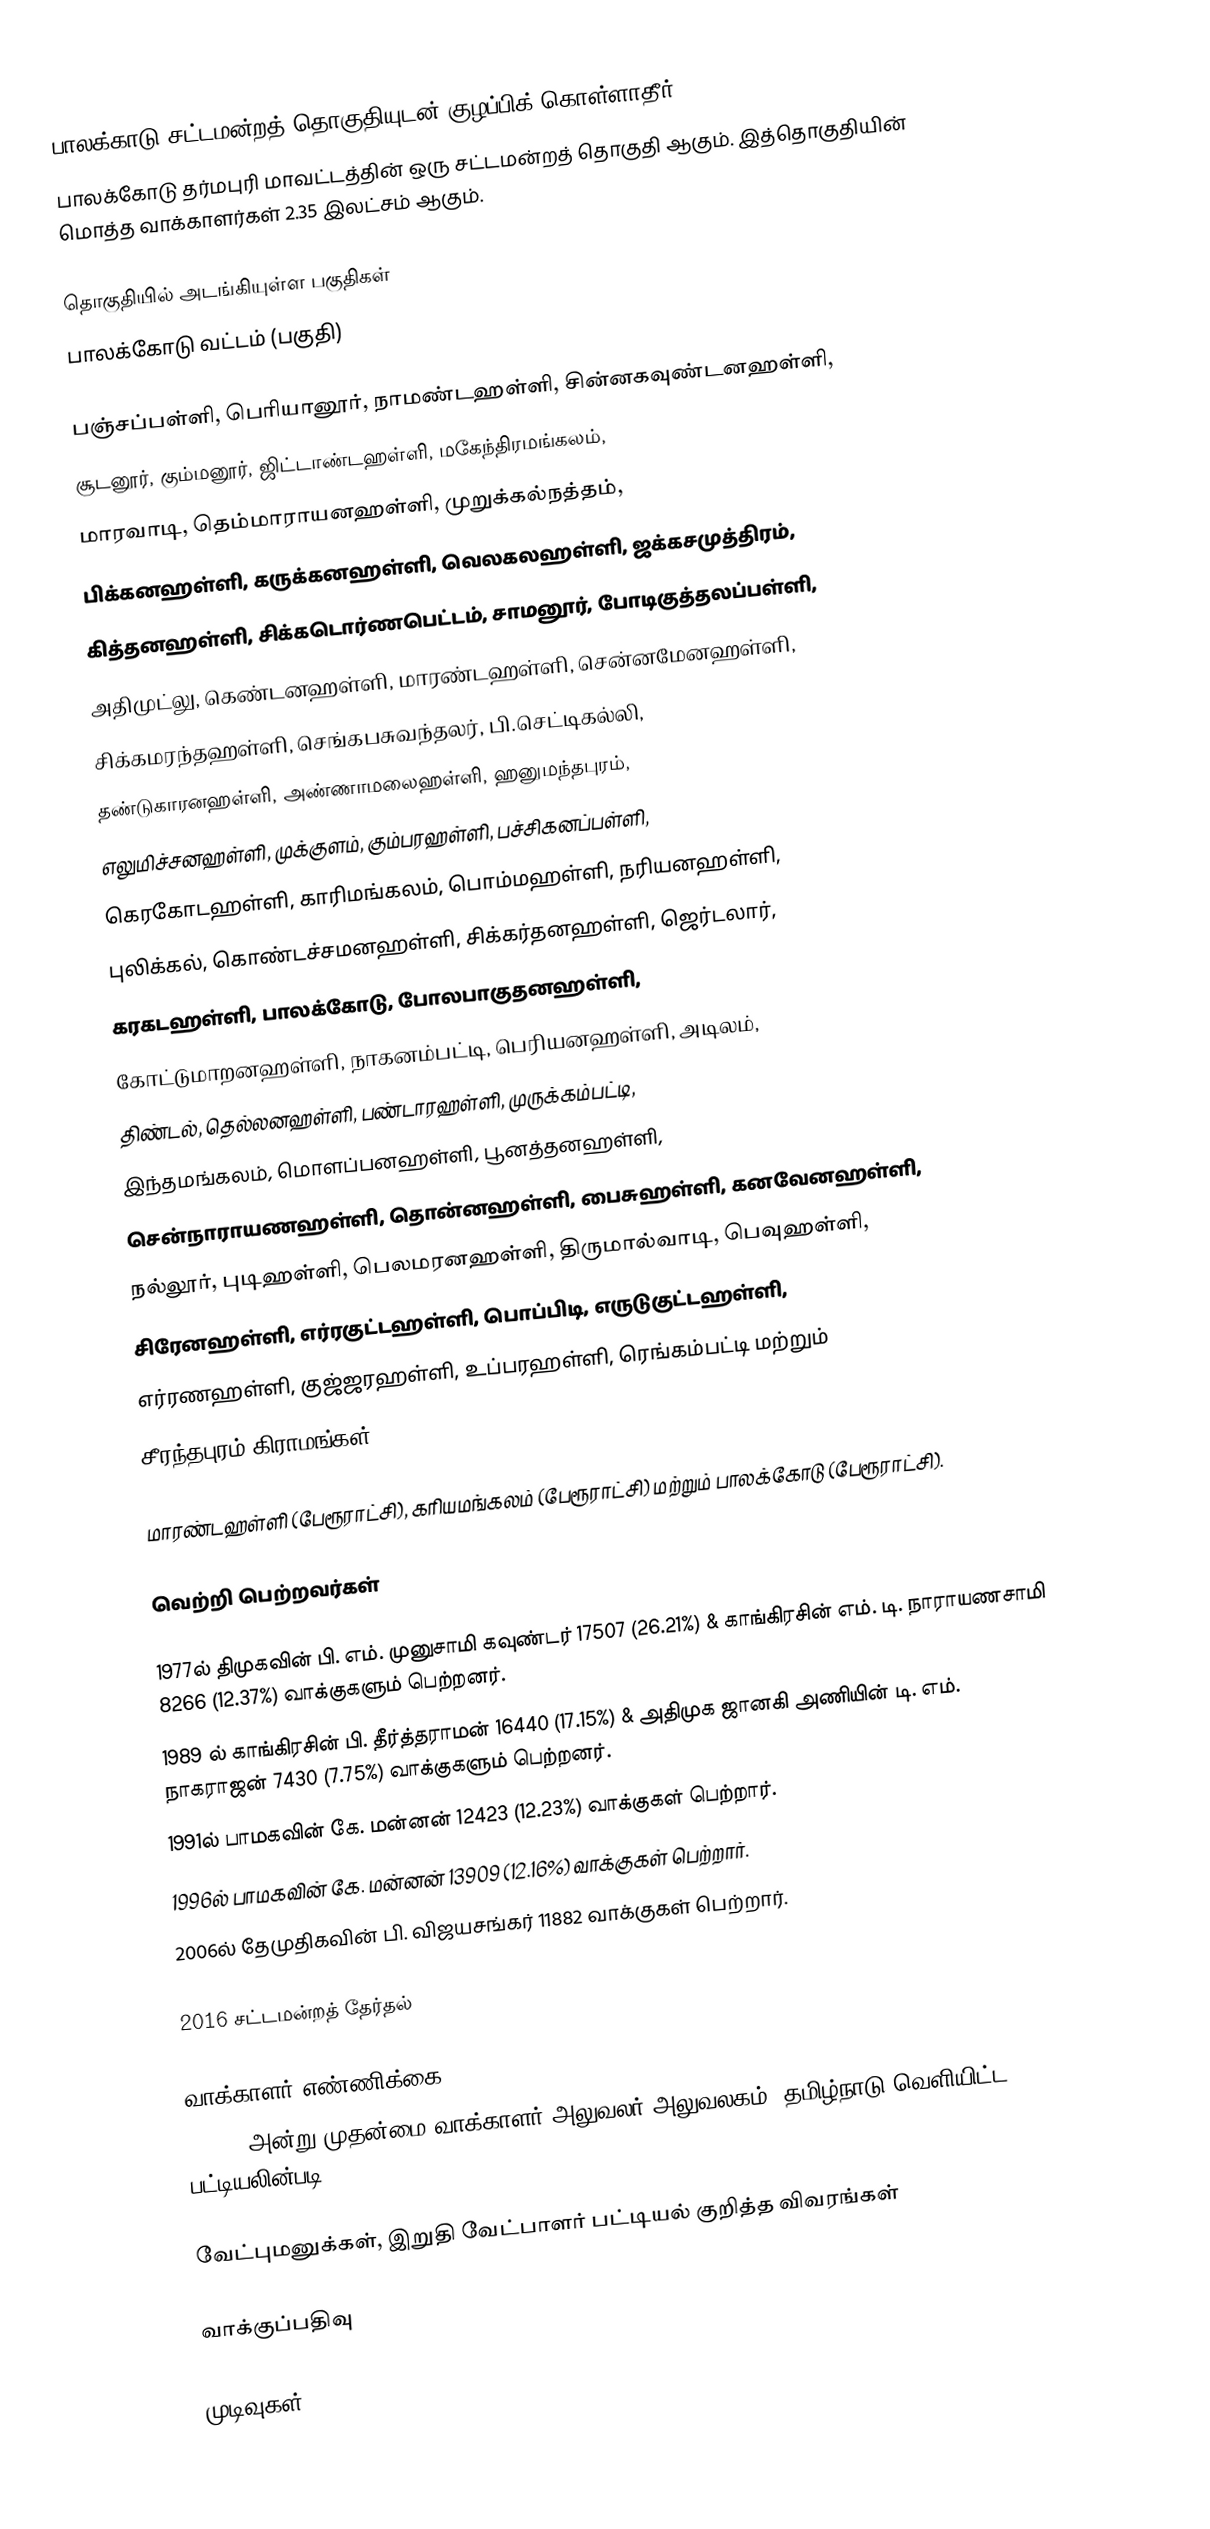
பாலக்காடு சட்டமன்றத் தொகுதியுடன் குழப்பிக் கொள்ளாதீர்.
பாலக்கோடு தர்மபுரி மாவட்டத்தின் ஒரு சட்டமன்றத் தொகுதி ஆகும். இத்தொகுதியின் மொத்த வாக்காளர்கள் 2.35 இலட்சம் ஆகும்.

தொகுதியில் அடங்கியுள்ள பகுதிகள்
 பாலக்கோடு வட்டம் (பகுதி)

பஞ்சப்பள்ளி, பெரியானூர், நாமண்டஹள்ளி, சின்னகவுண்டனஹள்ளி,
சூடனூர், கும்மனூர், ஜிட்டாண்டஹள்ளி, மகேந்திரமங்கலம்,
மாரவாடி, தெம்மாராயனஹள்ளி, முறுக்கல்நத்தம்,
பிக்கனஹள்ளி, கருக்கனஹள்ளி, வெலகலஹள்ளி, ஜக்கசமுத்திரம்,
கித்தனஹள்ளி, சிக்கடொர்ணபெட்டம், சாமனூர், போடிகுத்தலப்பள்ளி,
அதிமுட்லு, கெண்டனஹள்ளி, மாரண்டஹள்ளி, சென்னமேனஹள்ளி,
சிக்கமரந்தஹள்ளி, செங்கபசுவந்தலர், பி.செட்டிகல்லி,
தண்டுகாரனஹள்ளி, அண்ணாமலைஹள்ளி, ஹனுமந்தபுரம்,
எலுமிச்சனஹள்ளி, முக்குளம், கும்பரஹள்ளி, பச்சிகனப்பள்ளி,
கெரகோடஹள்ளி, காரிமங்கலம், பொம்மஹள்ளி, நரியனஹள்ளி,
புலிக்கல், கொண்டச்சமனஹள்ளி, சிக்கர்தனஹள்ளி, ஜெர்டலார்,
கரகடஹள்ளி, பாலக்கோடு, போலபாகுதனஹள்ளி,
கோட்டுமாறனஹள்ளி, நாகனம்பட்டி, பெரியனஹள்ளி, அடிலம்,
திண்டல், தெல்லனஹள்ளி, பண்டாரஹள்ளி, முருக்கம்பட்டி,
இந்தமங்கலம், மொளப்பனஹள்ளி, பூனத்தனஹள்ளி,
சென்நாராயணஹள்ளி, தொன்னஹள்ளி, பைசுஹள்ளி, கனவேனஹள்ளி,
நல்லூர், புடிஹள்ளி, பெலமரனஹள்ளி, திருமால்வாடி, பெவுஹள்ளி,
சிரேனஹள்ளி, எர்ரகுட்டஹள்ளி, பொப்பிடி, எருடுகுட்டஹள்ளி,
எர்ரணஹள்ளி, குஜ்ஜரஹள்ளி, உப்பரஹள்ளி, ரெங்கம்பட்டி மற்றும்
சீரந்தபுரம் கிராமங்கள்.

மாரண்டஹள்ளி (பேரூராட்சி), கரியமங்கலம் (பேரூராட்சி) மற்றும் பாலக்கோடு (பேரூராட்சி).

வெற்றி பெற்றவர்கள்

1977ல் திமுகவின் பி. எம். முனுசாமி  கவுண்டர் 17507 (26.21%) & காங்கிரசின் எம். டி. நாராயணசாமி 8266 (12.37%) வாக்குகளும் பெற்றனர்.
1989 ல் காங்கிரசின் பி. தீர்த்தராமன் 16440 (17.15%) & அதிமுக ஜானகி அணியின் டி. எம். நாகராஜன் 7430 (7.75%) வாக்குகளும் பெற்றனர்.
1991ல் பாமகவின் கே. மன்னன் 12423 (12.23%) வாக்குகள் பெற்றார்.
1996ல் பாமகவின் கே. மன்னன் 13909 (12.16%) வாக்குகள் பெற்றார்.
2006ல் தேமுதிகவின் பி. விஜயசங்கர் 11882 வாக்குகள் பெற்றார்.

2016 சட்டமன்றத் தேர்தல்

வாக்காளர் எண்ணிக்கை
, 2016 அன்று முதன்மை வாக்காளர் அலுவலர் அலுவலகம், தமிழ்நாடு வெளியிட்ட பட்டியலின்படி,

வேட்புமனுக்கள், இறுதி வேட்பாளர் பட்டியல் குறித்த விவரங்கள்

வாக்குப்பதிவு

முடிவுகள்